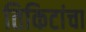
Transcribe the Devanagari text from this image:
तिकिटांचा